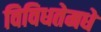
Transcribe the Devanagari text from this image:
विविधतेमधे